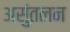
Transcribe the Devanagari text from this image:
असुंतलन